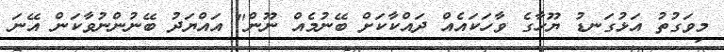
މިވަގުތު އަޅުގަނޑު ޔޫހާގެ ވާހަކައެއް ދައްކާކަށް ބޭނުމެެއް ނޫން" އައްޔަދު ބޭނުންނުވާކަން އޭނަ